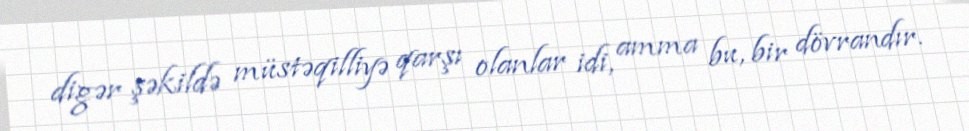
digər şəkildə müstəqilliyə qarşı olanlar idi, amma bu, bir dövrandır.